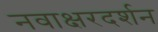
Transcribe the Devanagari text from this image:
नवाक्षरदर्शन